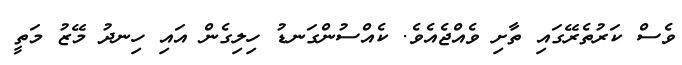
ވެސް ކަރުތެރޭގައި ތާށި ވެއްޖެއެވެ. ކެއްސުންގަނޑު ހިލިގެން އައި ހިނދު މޭޒު މަތީ